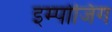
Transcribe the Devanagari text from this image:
इम्पोजिंग